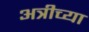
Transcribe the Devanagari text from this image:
अत्रीच्या